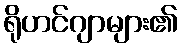
ရိုဟင်ဂျာများ၏